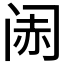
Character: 𬮨